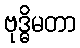
ဗုဒ္ဓိမတာ